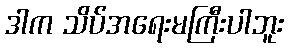
ဒါက သိပ်အရေးမကြီးပါဘူး